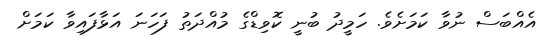
އެއްބަސް ނުވާ ކަމަށެވެ. ހަމީދު ބުނީ ކޮވިޑްގެ މުއްދަތު ފަހަނަ އަޅާފައިވާ ކަމަށް